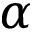
\alpha